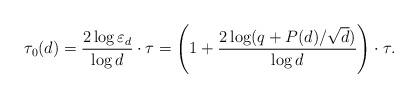
LaTeX: \begin{align*}\tau_0(d)= \frac{2 \log \varepsilon_d}{\log d} \cdot \tau= \left(1 + \frac{2\log(q+P(d)/\sqrt{d})}{\log d} \right) \cdot \tau.\end{align*}